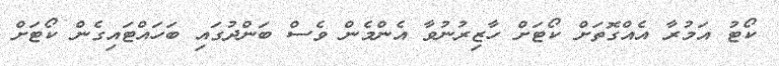
ކޯޓު އަމުރާ އެއްގޮތަށް ކޯޓަށް ހާޒިރުނުވާ އެންމެން ވެސް ބަންދުގައި ބަހައްޓައިގެން ކޯޓަށް